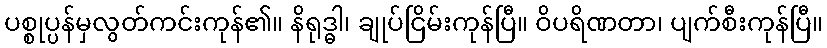
ပစ္စုပ္ပန်မှလွတ်ကင်းကုန်၏။ နိရုဒ္ဓါ၊ ချုပ်ငြိမ်းကုန်ပြီ။ ဝိပရိဏတာ၊ ပျက်စီးကုန်ပြီ။